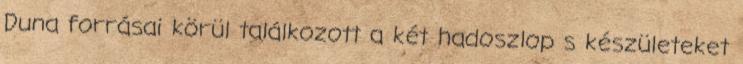
Duna forrásai körül találkozott a két hadoszlop s készületeket